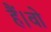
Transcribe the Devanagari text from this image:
हैं।वो